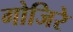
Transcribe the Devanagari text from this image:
गोजिरे